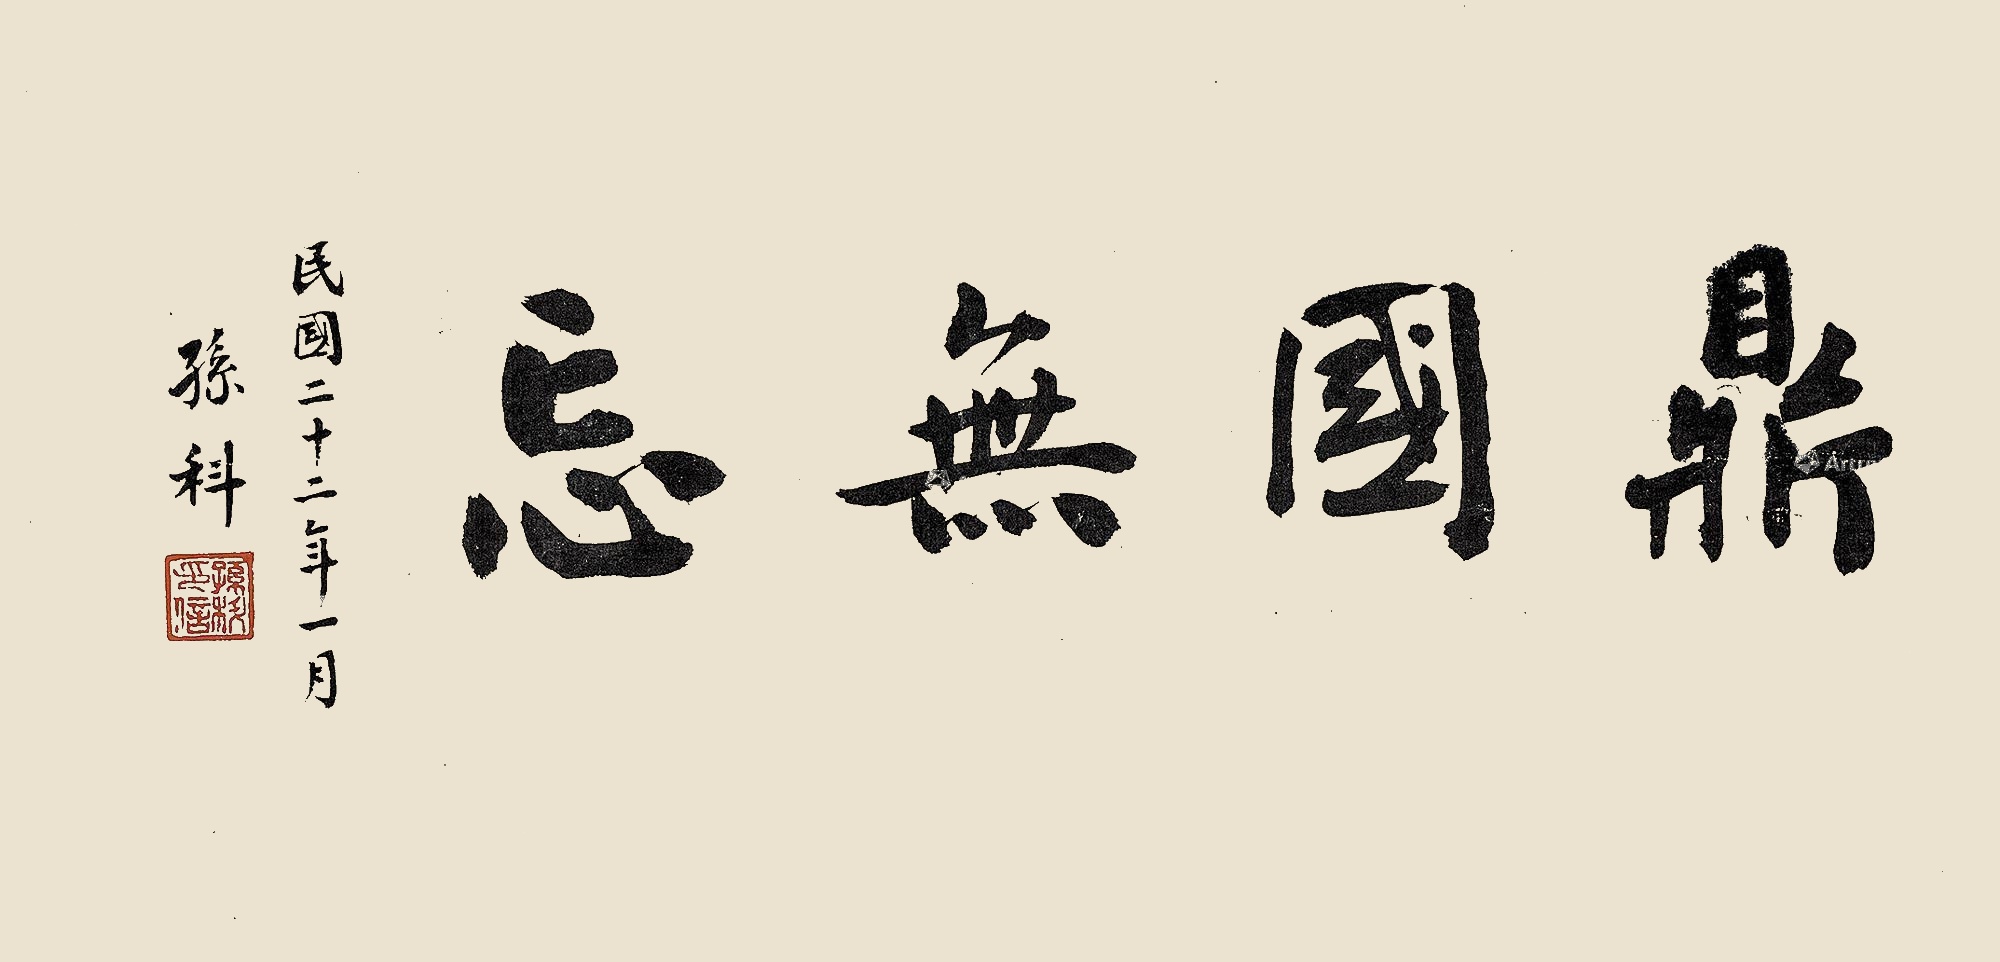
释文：鼎国无忘民国二十二年一月，孙科。